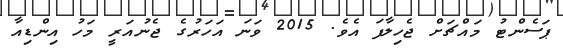
ޕަސެންޓު މައްޗަށް ޖެހިލާފަ އެވެ. 2015 ވަނަ އަހަރުގެ ޖެނުއަރީ މަހު އިންޑިއާ